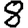
Digit: 8